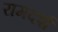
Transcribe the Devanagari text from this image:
रामदर्श